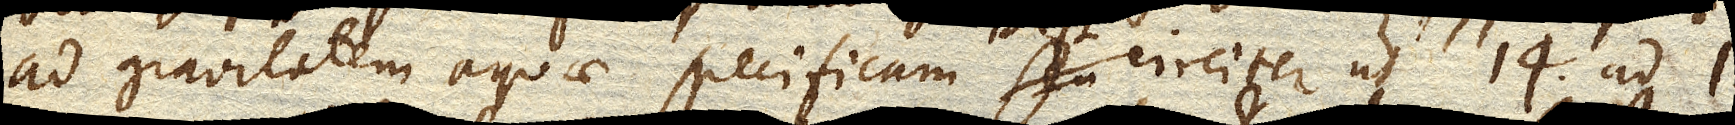
ad gravitatem aquae specificam id est circiter ut 14. ad 1.